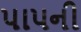
પાપની